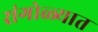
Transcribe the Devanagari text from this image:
रांगोळ्यात